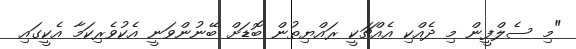
"މި ސެލްފީން މި ދެއްކި އެއްޗަކީ ރައްޔިތުން ބޮޑަށް ބޭނުންވަނީ އެކުވެރިކަމާ އެކީގައި